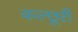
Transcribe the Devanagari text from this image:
कल्छूरी